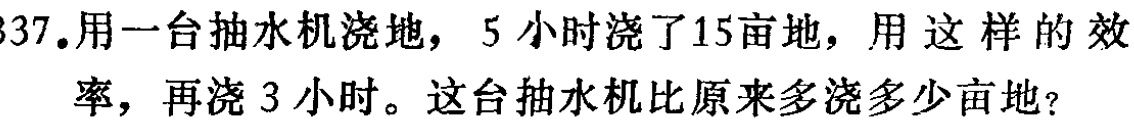
337.用一台抽水机浇地，5小时浇了15亩地，用这样的效
率，再浇3小时。这台抽水机比原来多浇多少亩地？